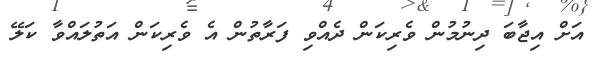
އަށް އިޖާބަ ދިނުމުން ވެރިކަން ދެއްވި ފަރާތުން އެ ވެރިކަން އަތުލައްވާ ކަލޭ